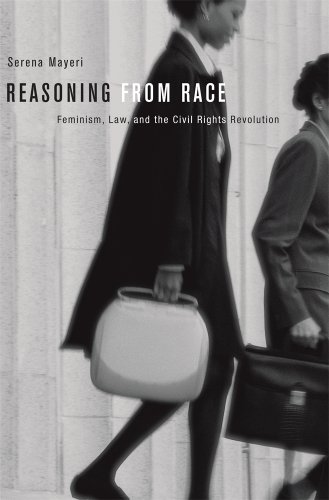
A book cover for Reasoning from Race: Feminism, Law, and the Civil Rights Revolution; Serena Mayeri; Law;